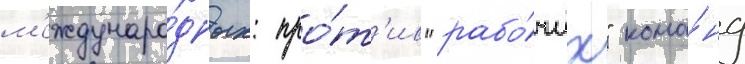
м'еждунаро́дных: про́т'ив "рабо́чих" кома́нд